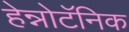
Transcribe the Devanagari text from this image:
हेन्नोटॅनिक